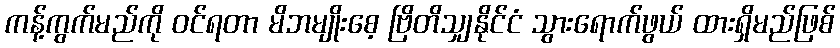
ကန့်ကွက်မည်ကို ဝင်ရတာ မိဘမျိုးစေ့ ဗြိတိသျှနိုင်ငံ သွားရောက်ဖွယ် ထားရှိမည်ဖြစ်